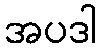
အပဒါ